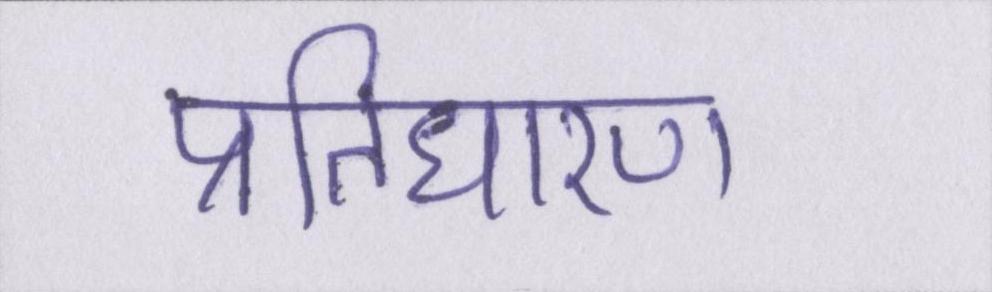
प्रतिधारण